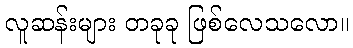
လူဆန်းများ တခုခု ဖြစ်လေသလော။